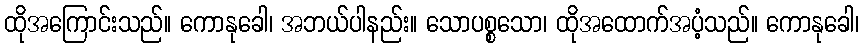
ထိုအကြောင်းသည်။ ကောနုခေါ၊ အဘယ်ပါနည်း။ သောပစ္စသော၊ ထိုအထောက်အပံ့သည်။ ကောနုခေါ၊